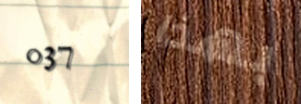
037 بهذا